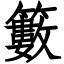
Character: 籔